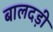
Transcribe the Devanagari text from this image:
बालदड़ी